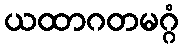
ယထာဂတမဂ္ဂံ